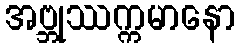
အဗ္ဘုဿက္ကမာနော